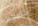
سنوقف